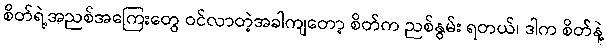
စိတ်ရဲ့အညစ်အကြေးတွေ ဝင်လာတဲ့အခါကျတော့ စိတ်က ညစ်နွမ်း ရတယ်၊ ဒါက စိတ်နဲ့